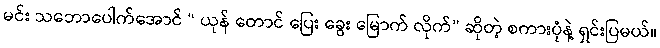
မင်း သဘောပေါက်အောင် “ ယုန် တောင် ပြေး ခွေး မြောက် လိုက်” ဆိုတဲ့ စကားပုံနဲ့ ရှင်းပြမယ်။